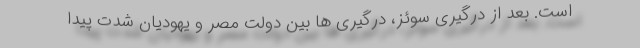
است. بعد از درگیری سوئز، درگیری ها بین دولت مصر و یهودیان شدت پیدا